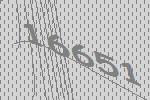
16651